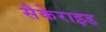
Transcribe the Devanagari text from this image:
सैकेराइड